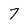
Character: 7